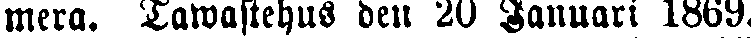
mera. TawastehuS den 20 Januari 1869.